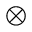
\otimes